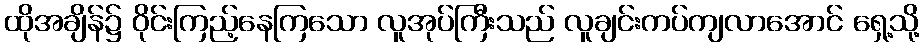
ထိုအချိန်၌ ဝိုင်းကြည့်နေကြသော လူအုပ်ကြီးသည် လူချင်းကပ်ကျလာအောင် ရှေ့သို့